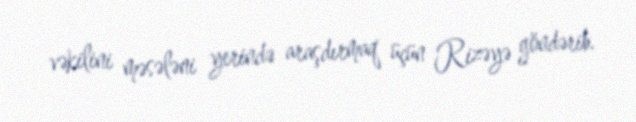
vəkilini məsələni yerində araşdırmaq üçün Rizəyə göndərib.